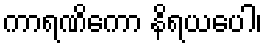
ကာရဏိကော နိရယပေါ၊